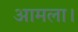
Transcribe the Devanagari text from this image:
आमला।